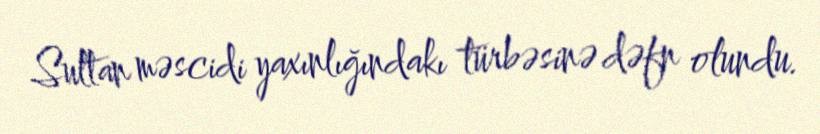
Sultan məscidi yaxınlığındakı türbəsinə dəfn olundu.